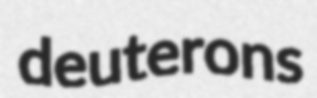
deuterons